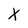
Character: X